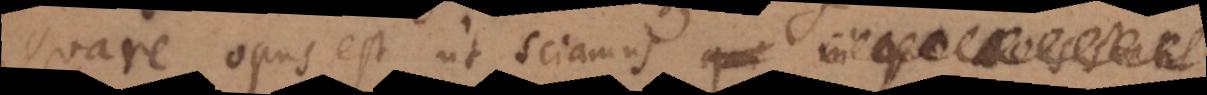
Quare opus est ut sciamus qui in